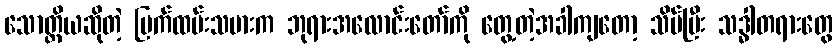
သောတ္ထိယဆိုတဲ့ မြက်ထမ်းသမားက ဘုရားအလောင်းတော်ကို တွေ့တဲ့အခါကျတော့ သိပ်ပြီး သဒ္ဓါတရားတွေ